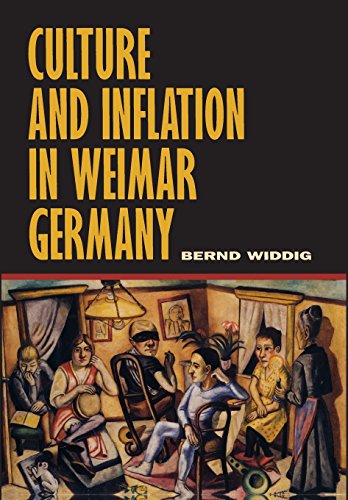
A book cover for Culture and Inflation in Weimar Germany (Weimar and Now: German Cultural Criticism); Bernd Widdig; Business & Money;